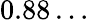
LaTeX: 0.88\dots